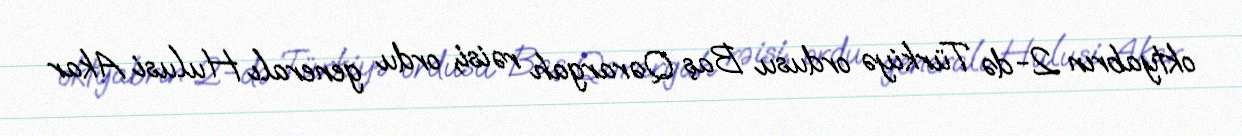
oktyabrın 2-də Türkiyə ordusu Baş Qərargah rəisi, ordu generalı Hulusi Akar